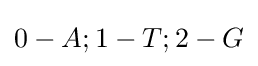
0-A;1-T;2-G